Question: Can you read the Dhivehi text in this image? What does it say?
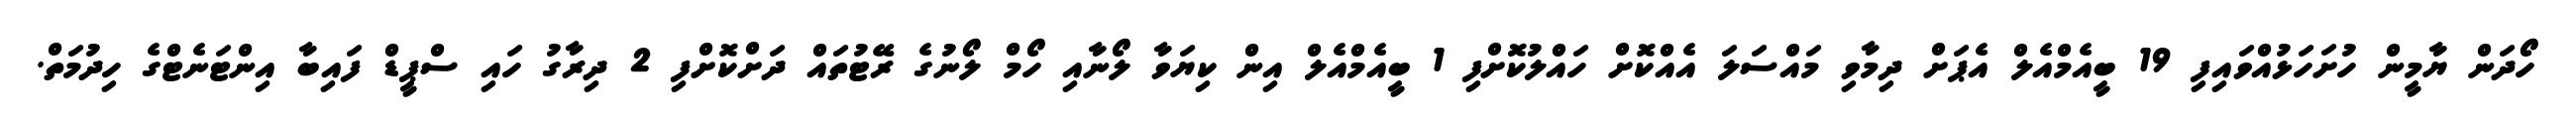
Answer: ހޯދަން ޔާމީން ހުށަހަޅުއްވައިފި 19 ބީއެމްއެލް އެޕަށް ދިމާވި މައްސަލަ އެއްކޮށް ހައްލުކޮށްފި 1 ބީއެމްއެލް އިން ކިޔަވާ ލޯނާއި ހޯމް ލޯނުގެ ރޭޓުތައް ދަށްކޮށްފި 2 ދިރާގު ހައި ސްޕީޑް ފައިބާ އިންޓަނެޓްގެ ހިދުމަތް.